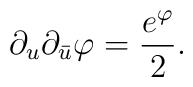
\partial_u\partial_{\bar u}\varphi={e^\varphi\over 2}.